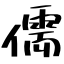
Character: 儒